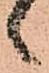
ゝ